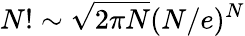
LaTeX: N!\sim\sqrt{2\pi N}(N/e)^{N}